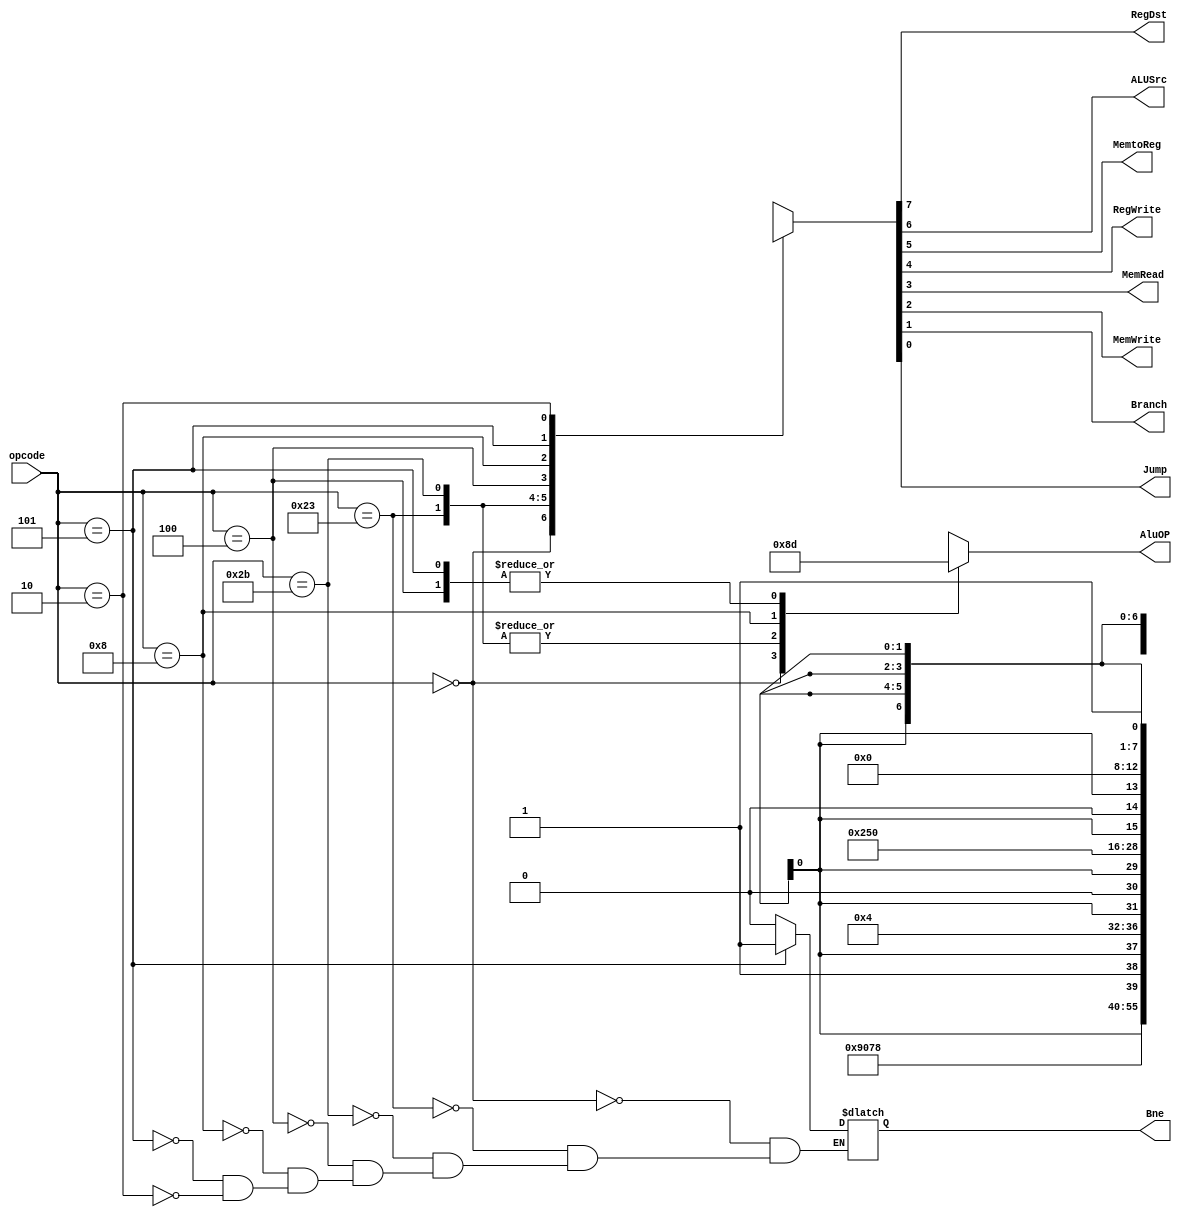
module control(opcode, RegDst, ALUSrc, MemtoReg, RegWrite, MemRead, MemWrite, Branch,Jump,Bne ,AluOP);

input [5:0] opcode;

output reg RegDst;
output reg ALUSrc;
output reg MemtoReg;
output reg RegWrite;
output reg MemRead;
output reg MemWrite;
output reg Branch;
output reg Jump;
output reg Bne; 

output reg [1:0] AluOP;

always @(opcode) begin
	case (opcode)
		6'b000000:{RegDst, ALUSrc, MemtoReg, RegWrite, MemRead, MemWrite, Branch, Jump,Bne, AluOP}=11'b100100_000_10; //r
		6'b100011:{RegDst, ALUSrc, MemtoReg, RegWrite, MemRead, MemWrite, Branch, Jump,Bne, AluOP}=11'b011110_000_00; //lw
		6'b101011:{RegDst, ALUSrc, MemtoReg, RegWrite, MemRead, MemWrite, Branch, Jump,Bne, AluOP}=11'bx1x001_000_00; //sw
		6'b000100:{RegDst, ALUSrc, MemtoReg, RegWrite, MemRead, MemWrite, Branch, Jump,Bne, AluOP}=11'bx0x000_100_01; //beq
		6'b001000:{RegDst, ALUSrc, MemtoReg, RegWrite, MemRead, MemWrite, Branch, Jump,Bne, AluOP}=11'b010100_000_11; //addi
		6'b000101:{RegDst, ALUSrc, MemtoReg, RegWrite, MemRead, MemWrite, Branch, Jump,Bne, AluOP}=11'bx0x000_001_01; //bne
		6'b000010:{RegDst, ALUSrc, MemtoReg, RegWrite, MemRead, MemWrite, Branch, Jump,Bne, AluOP}=11'bxxxxxx_x10_xx; //j
		default:
	{RegDst,ALUSrc,MemtoReg,RegWrite,MemRead,MemWrite,Branch,Jump,AluOP}=11'bxxx_xxx_xxx_xx;
	endcase
end

endmodule